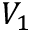
V _ { 1 }